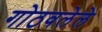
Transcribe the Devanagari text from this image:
गोठवलेले